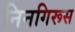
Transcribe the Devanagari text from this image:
निनगिरूस